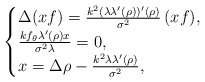
\begin{align*}\begin{cases}\Delta (xf)=\frac{k^2(\lambda\lambda'(\rho))'(\rho)}{\sigma^2}\,(xf),\\\frac{k f_\theta\lambda'(\rho)x}{\sigma^2\lambda}=0,\\x=\Delta \rho-\frac{k^2\lambda\lambda'(\rho)}{\sigma^2},\end{cases}\end{align*}